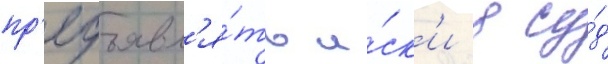
пр'едъявл'я́ть и́ск'и в су́д